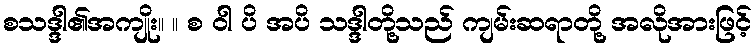
စသဒ္ဒါ၏အကျိုး။ ။ စ ဝါ ပိ အပိ သဒ္ဒါတို့သည် ကျမ်းဆရာတို့ အလိုအားဖြင့်